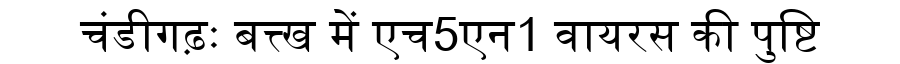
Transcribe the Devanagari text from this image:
चंडीगढ़ः बत्त्ख में एच5एन1 वायरस की पुष्टि